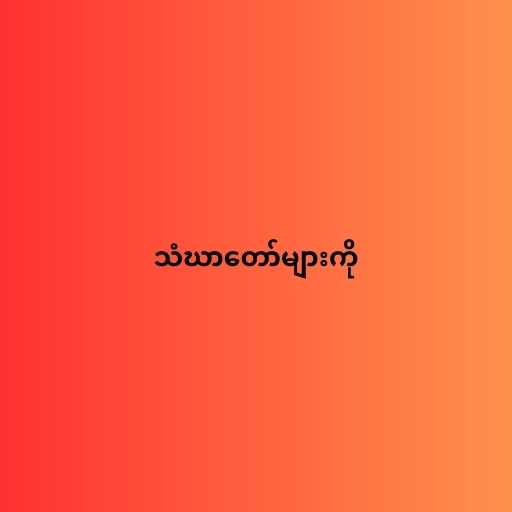
သံဃာတော်များကို